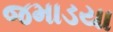
જમાડયા